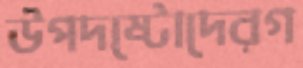
উপদষ্টোদেরগ